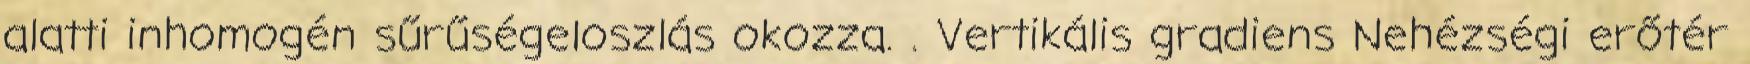
alatti inhomogén sűrűségeloszlás okozza. . Vertikális gradiens Nehézségi erőtér